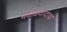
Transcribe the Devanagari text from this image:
मवाळवादाचा